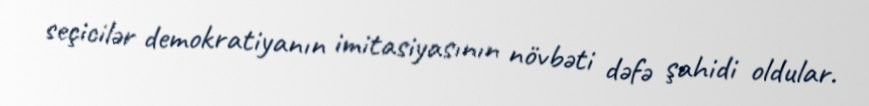
seçicilər demokratiyanın imitasiyasının növbəti dəfə şahidi oldular.